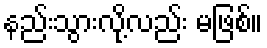
နည်းသွားလို့လည်း မဖြစ်။